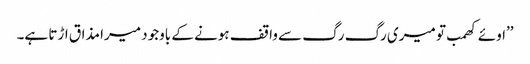
’’اوئے کھمب تو میری رگ رگ سے واقف ہونے کے باوجود میرا مذاق اڑتا ہے۔